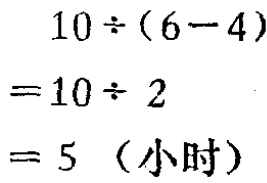
77.（1）如图1-58. 取 \(BC\) 的中点 \(P,\because MN\underline{\underline{\parallel}}\frac{1}{2}BC,\)